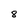
Character: 8